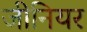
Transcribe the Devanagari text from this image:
जीनियर